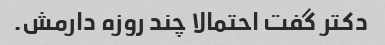
دکتر گفت احتمالا چند روزه دارمش.